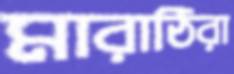
মারাঠিরা